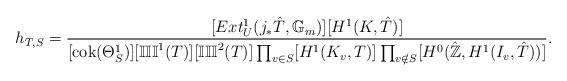
LaTeX: \begin{align*}h_{T,S}=\frac{[Ext_U^1(j_{*}\hat{T},\mathbb{G}_m)][H^1(K,\hat{T})]}{[\mathrm{cok}(\Theta^1_S)][\mathbb{III}^1(T)][\mathbb{III}^2(T)]\prod_{v\in S}[H^1(K_v,T)]\prod_{v\notin S}[H^0(\hat{\mathbb{Z}},H^1(I_v,\hat{T}))]}.\end{align*}